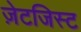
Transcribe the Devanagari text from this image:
ज़ेटजिस्ट